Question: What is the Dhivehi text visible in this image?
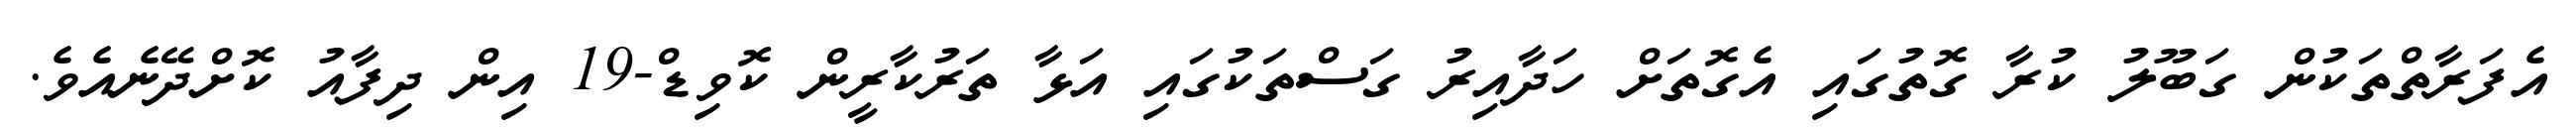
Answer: އެފަރާތްތަކުން ގަބޫލު ކުރާ ގޮތުގައި އެގޮތަށް ހަދާއިރު ގަސްތަކުގައި އަޅާ ތަރުކާރީން ކޮވިޑް-19 އިން ދިފާއު ކޮށްދޭނެއެވެ.